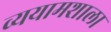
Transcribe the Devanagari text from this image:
व्ययामशाला